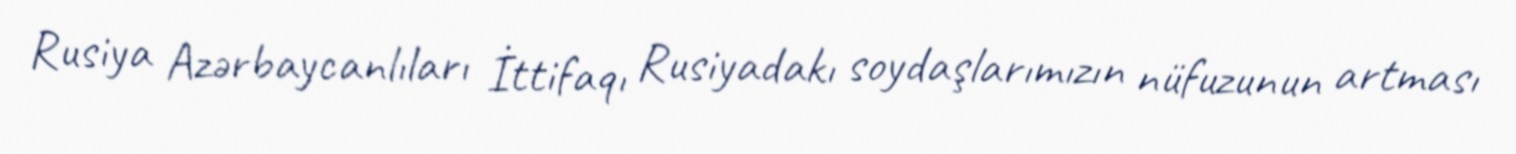
Rusiya Azərbaycanlıları İttifaqı Rusiyadakı soydaşlarımızın nüfuzunun artması